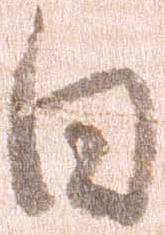
日